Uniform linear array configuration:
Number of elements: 64
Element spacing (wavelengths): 0.5
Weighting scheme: binomial
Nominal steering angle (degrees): -15
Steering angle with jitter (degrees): -13.84
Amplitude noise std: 0.05
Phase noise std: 0.05

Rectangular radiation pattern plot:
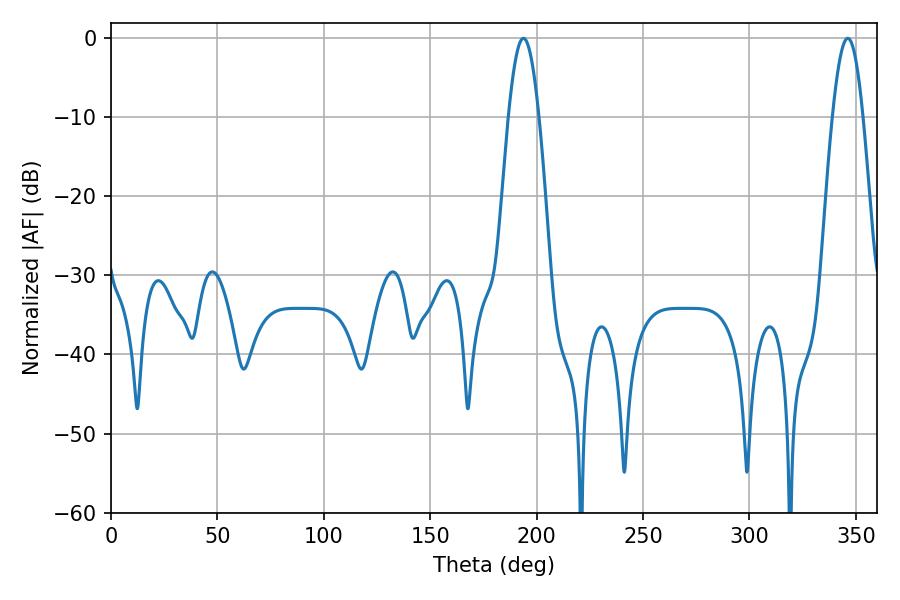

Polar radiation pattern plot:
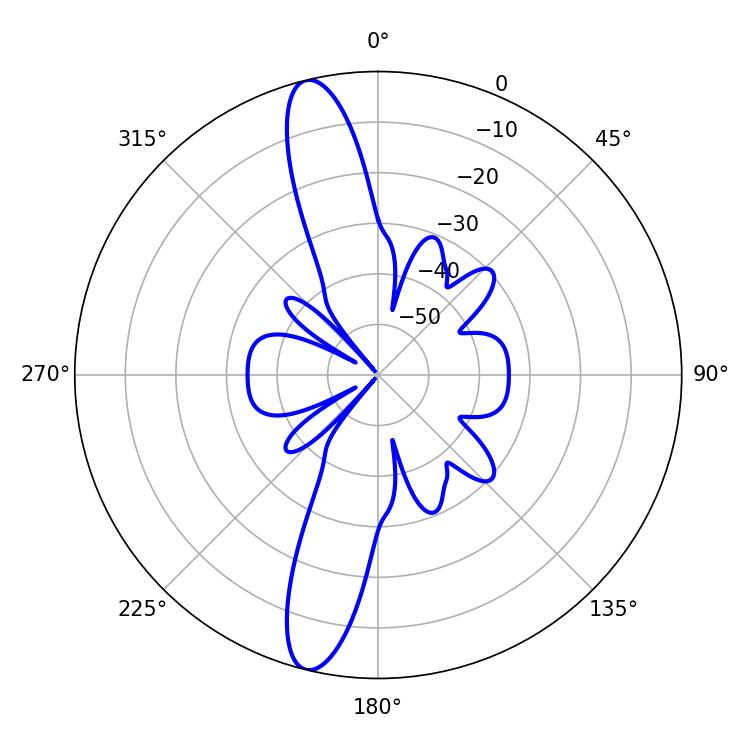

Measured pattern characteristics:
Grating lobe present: FALSE
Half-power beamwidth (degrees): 7.74
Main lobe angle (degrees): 193.86